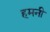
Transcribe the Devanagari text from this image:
हमनी